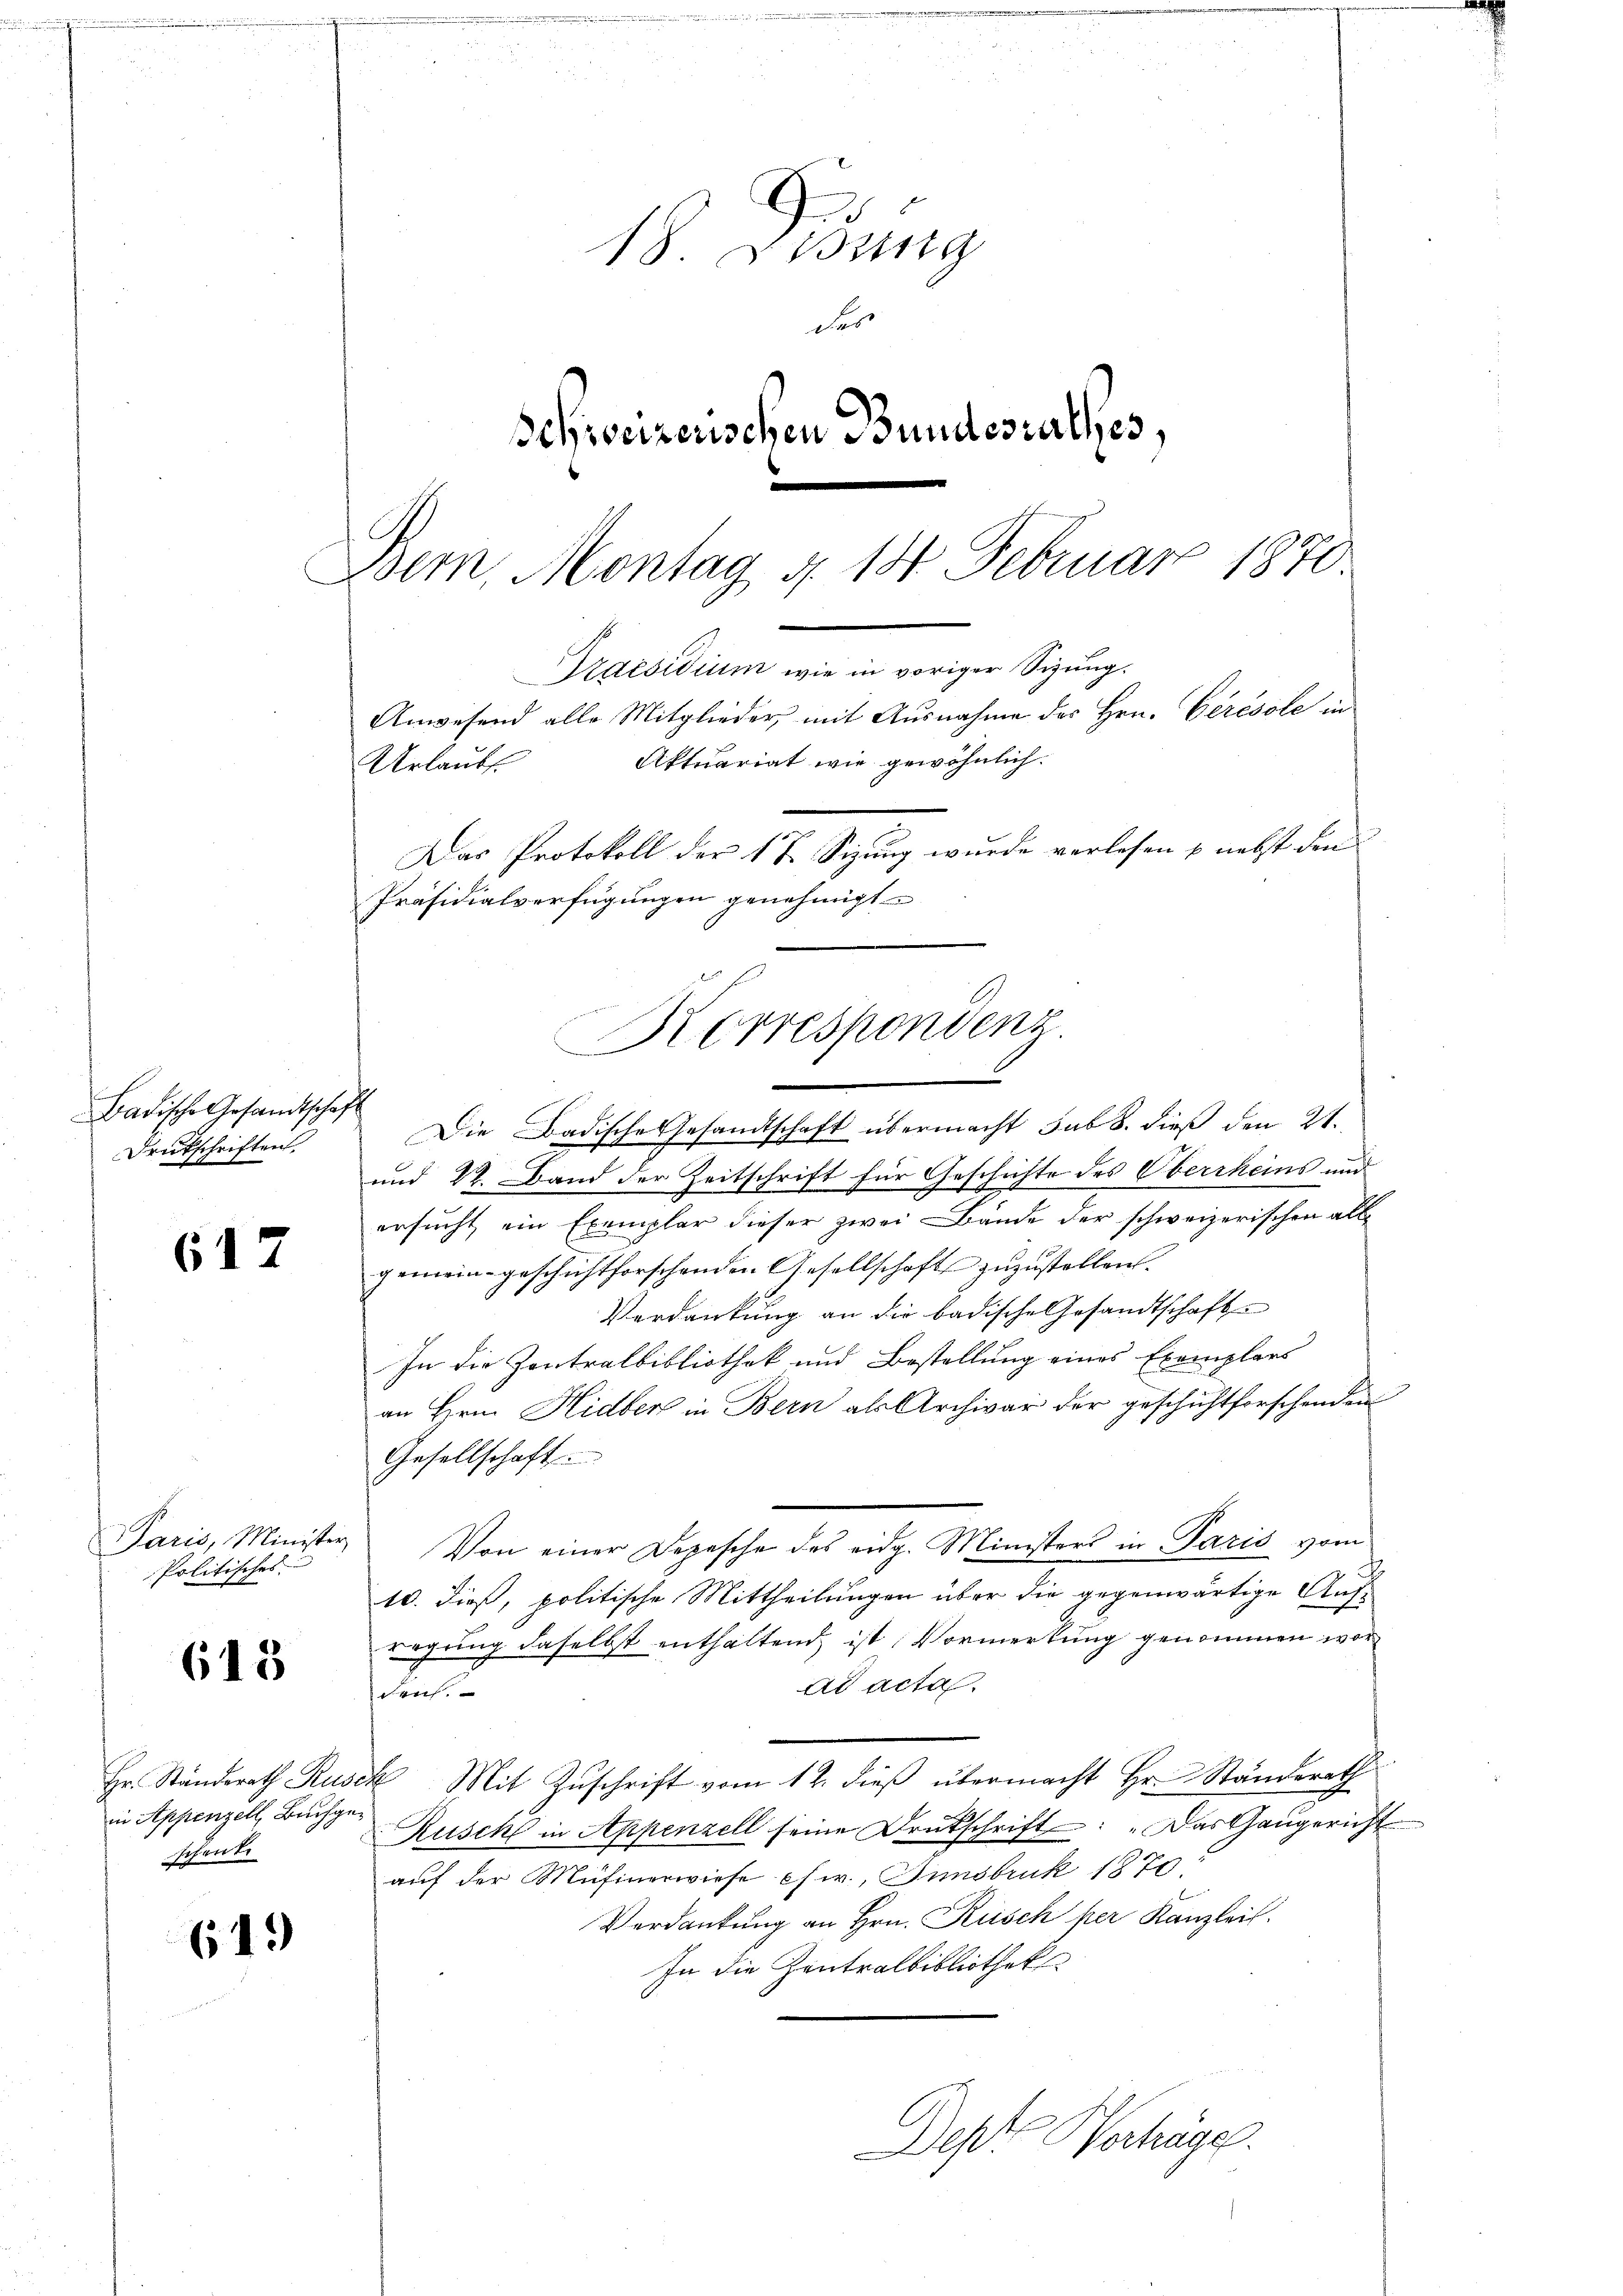
Badische Gesandtschaft
Drukschriften.

617

Paris, Minister
Politisches

615

643

Hr. Standerath Ruse
in Appenzell, Bachgeschente

h
18. Eing
der
Schweizerischen Bundesrathes,

Bern, Montag d. 18 Februar 1870.
Praesidium wie in voriger Sizung.
Anwesend alle Mitglieder mit Ausnahme des Hrn. Gérésole in
Aktuariat wie gewöhnlich.
Urlaubt.
Das Protokoll der 17 Sizung wurde verlesen & nebst den
Präsidialverfügungen genehmigt
Korrespondenz.

Die Badische Gesandtschaft übermacht sub 8. dieß den 21.
und 22. Band der Zeitschrift für Geschichte des Oberrheins und
ersucht, ein Exemplar dieser zwei Bände der schweizerischen allgemein-geschichtforschenden Gesellschaft zuzustellen.
Verdankung an die badische Gesandtschaft
In die Zentralbibliothek und Bestellung eines Exemplars
an Herrn Hidberg in Bern als Archivar der geschichtforschenden
Gesellschaft.
Von einer Depesche des eidg. Ministers in Paris vom

10. dieß, politische Mittheilungen über die gegenwärtige Aufregung daselbst enthaltend ist Vormerkung genommen worad acta
daus.
 Mit Zŭschrift vom 12. dieβ übermacht Hr. Ständerath
Rusch in Appenzell seine Drukschrift: „Das Gangericht
auf der Musinerwiese es w., Innsbruk 1871
Verdankung an Hrn. Rüsch per Kanzlei.
In die Zentralbibliothek

Depfe Herhüge.